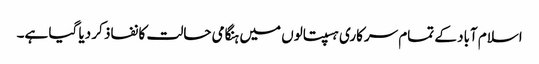
اسلام آباد کے تمام سرکاری ہسپتالوں میں ہنگامی حالت کا نفاذ کر دیا گیا ہے۔